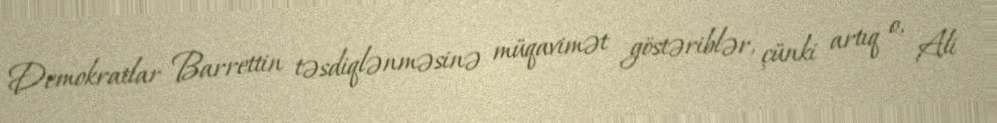
Demokratlar Barrettin təsdiqlənməsinə müqavimət göstəriblər, çünki artıq o, Ali